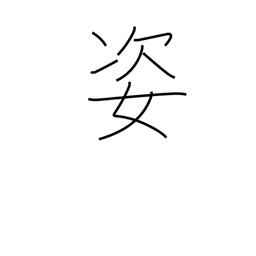
Meaning: shape